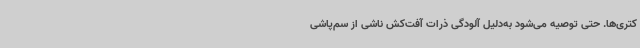
کتری‌ها. حتی توصیه می‌شود به‌دلیل آلودگی ذرات آفت‌کش ناشی از سم‌پاشی